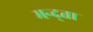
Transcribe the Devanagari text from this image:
मन्द्ता